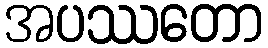
အပဿတော